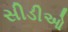
સીડીઓ